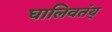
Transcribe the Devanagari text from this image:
घालिवतंय्